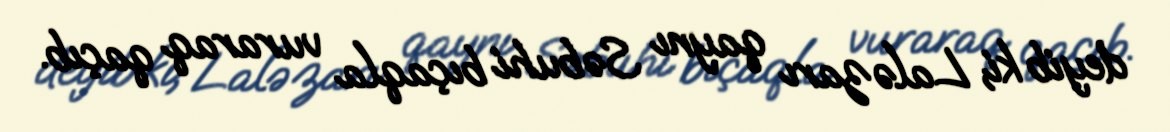
deyib ki, Laləzarı qaynı Səbuhi bıçaqla vuraraq qaçıb.